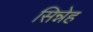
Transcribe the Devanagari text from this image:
सिन्नेह